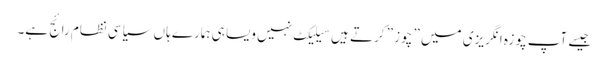
جیسے آپ چوزہ انگریزی میں ” چوز ” کرتے ہیں سیلیکٹ نہیں ویسا ہی ہمارے ہاں سیاسی نظام رائج ہے۔